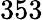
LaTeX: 353